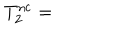
LaTeX: T _ { 2 } ^ { \mathrm { n c } } =